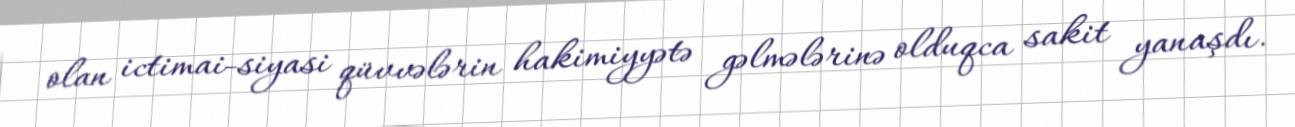
olan ictimai-siyasi qüvvələrin hakimiyyətə gəlmələrinə olduqca sakit yanaşdı.